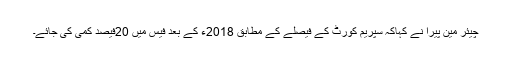
چیئر مین پیرا نے کہاکہ سپریم کورٹ کے فیصلے کے مطابق 2018ء کے بعد فیس میں 20فیصد کمی کی جائے۔